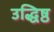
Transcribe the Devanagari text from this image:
उद्धिष्ठ